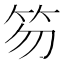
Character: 笏